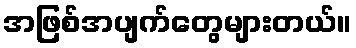
အဖြစ်အပျက်တွေများတယ်။